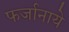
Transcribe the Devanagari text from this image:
फर्जानाये